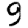
Digit: 9